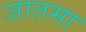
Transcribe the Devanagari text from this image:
जातमा